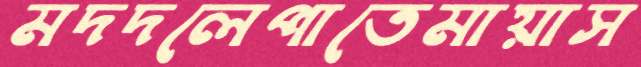
মদদলেপাতেমায়াস